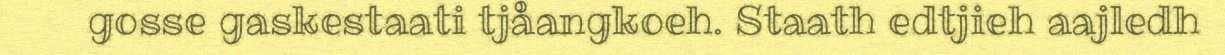
gosse gaskestaati tjåangkoeh. Staath edtjieh aajledh